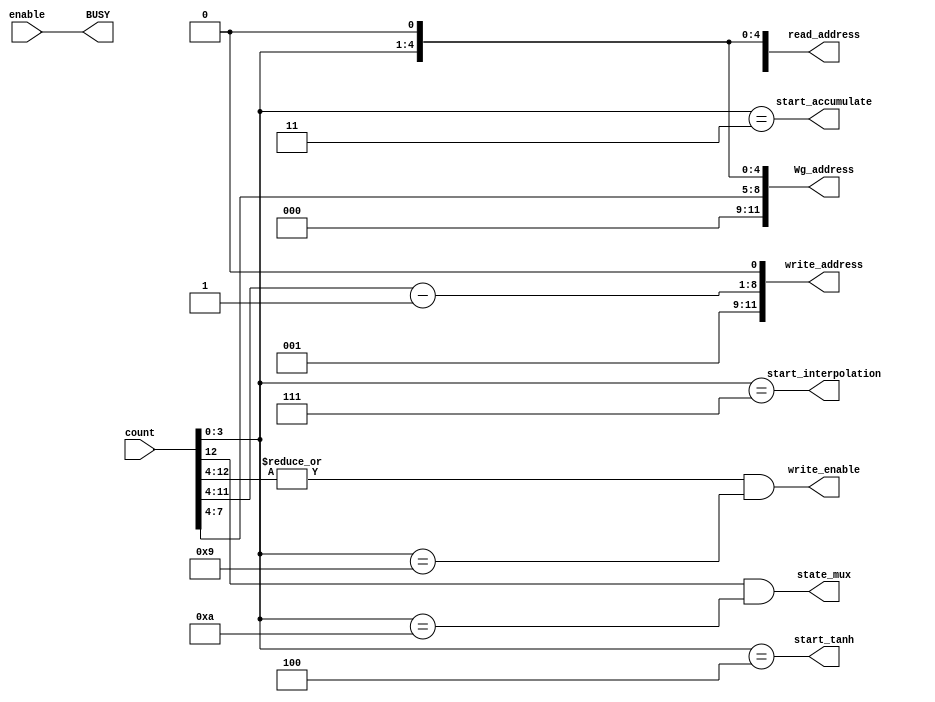
module signal(input enable
            , input [12:0] count
            , output wire write_enable
            , output wire [11:0] write_address
            , output wire [11:0] read_address
            , output wire [11:0] Wg_address
            , output wire start_accumulate
            , output wire start_tanh
            , output wire start_interpolation
            , output wire state_mux
            , output wire BUSY);

assign write_enable = (|count[12:4]) && (count[3:0] == 4'd9);
assign write_address = {2'h1, (count[11:4]- 1'h1), 1'h0};
assign read_address = {2'h0, count[11:8], count[3:0], 1'h0};
assign Wg_address = {7'h0, count[7:0], 1'h0};
assign start_accumulate = count[3:0] == 4'd3;
assign start_tanh = count[3:0] == 4'd4;
assign start_interpolation = count[3:0] == 4'd7;
assign state_mux = (count[12] == 1'd1) && (count[3:0] == 4'd10);
assign BUSY = enable;

endmodule